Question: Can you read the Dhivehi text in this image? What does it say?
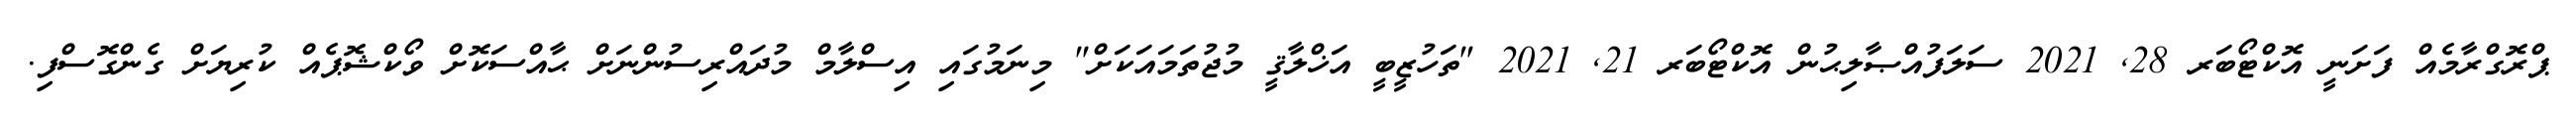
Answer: ޕްރޮގްރާމެއް ފަށަނީ އޮކްޓޯބަރ 28, 2021 ސަލަފުއްޞާލިޙުން އޮކްޓޯބަރ 21, 2021 "ތަހުޒީބީ އަޚްލާޤީ މުޖުތަމައަކަށް" މިނަމުގައި އިސްލާމް މުދައްރިސުންނަށް ޙާއްސަކޮށް ވޯކްޝޮޕެއް ކުރިޔަށް ގެންގޮސްފި.